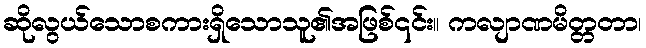
ဆိုလွယ်သောစကားရှိသောသူ၏အဖြစ်၎င်း။ ကလျာဏမိတ္တတာ၊